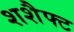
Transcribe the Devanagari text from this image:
शशैफ्ट